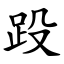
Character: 䟝